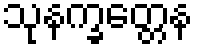
သုနက္ခတ္တေန